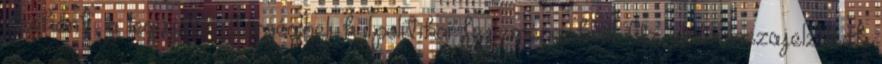
elsőként, a legújabb térségbeli külpolitikai fejleményekről. Az első visszajelzések